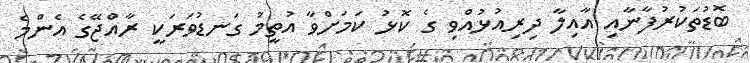
ބޮޑުތަކުރުފާނާއި އާއިލާ ދިރިއުޅުއްވި ގެ ކޮޅު ކަމަށްވާ އުތީމު ގަނޑުވަރަކީ ރާއްޖޭގެ އެންމެ